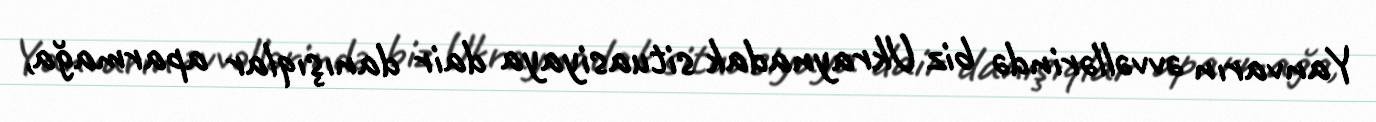
Yanvarın əvvəllərində biz Ukraynadak situasiyaya dair danışıqlar aparmağa,